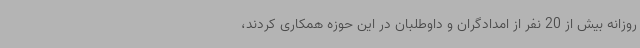
روزانه بیش از 20 نفر از امدادگران و داوطلبان در این حوزه همکاری کردند،